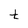
Character: t